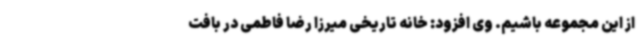
از این مجموعه باشیم. وی افزود: خانه تاریخی میرزا رضا فاطمی در بافت